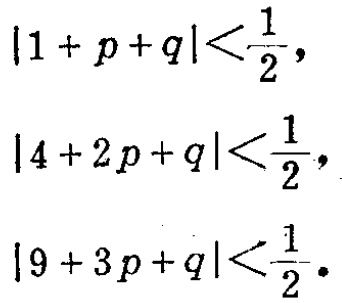
\[

\begin{align*}

|1 + p + q|&<\frac{1}{2},\\

|4 + 2p + q|&<\frac{1}{2},\\

|9 + 3p + q|&<\frac{1}{2}.

\end{align*}

\]